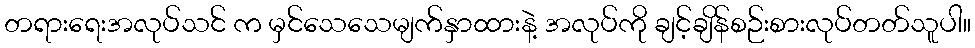
တရားရေးအလုပ်သင် က မှင်သေသေမျက်နှာထားနဲ့ အလုပ်ကို ချင့်ချိန်စဉ်းစားလုပ်တတ်သူပါ။